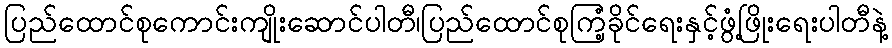
ပြည်ထောင်စုကောင်းကျိုးဆောင်ပါတီ၊ပြည်ထောင်စုကြံ့ခိုင်ရေးနှင့်ဖွံ့ဖြိုးရေးပါတီနဲ့